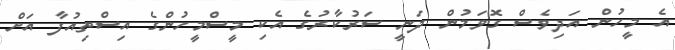
އެ މީހުން އަދިވެސް ގޮވަމުން ދަނީ ސަރުކާރުގެ އެކި މީސްމީހުންގެ އިސްތިއުފާ އަށް